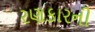
રણકારની